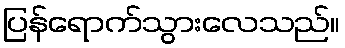
ပြန်ရောက်သွားလေသည်။